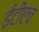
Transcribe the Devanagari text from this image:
ईटीएच